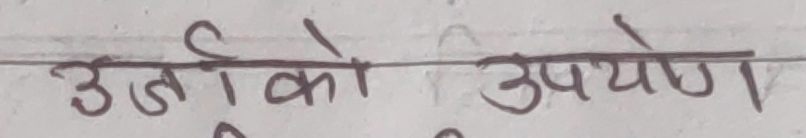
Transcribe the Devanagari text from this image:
ऊर्जाको उपयोग